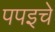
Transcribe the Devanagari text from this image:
पपइचे